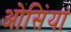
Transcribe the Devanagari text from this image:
ओसिंयां